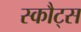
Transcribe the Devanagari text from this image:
स्कौट्स